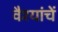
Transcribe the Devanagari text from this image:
वैश्यांचें